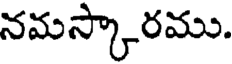
నమస్కారము.